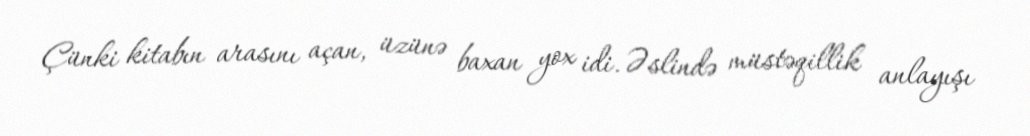
Çünki kitabın arasını açan, üzünə baxan yox idi. Əslində müstəqillik anlayışı